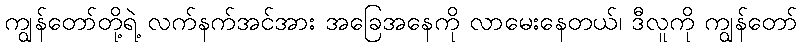
ကျွန်တော်တို့ရဲ့ လက်နက်အင်အား အခြေအနေကို လာမေးနေတယ်၊ ဒီလူကို ကျွန်တော်